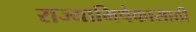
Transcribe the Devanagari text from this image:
राज्याभिषेकासाठी